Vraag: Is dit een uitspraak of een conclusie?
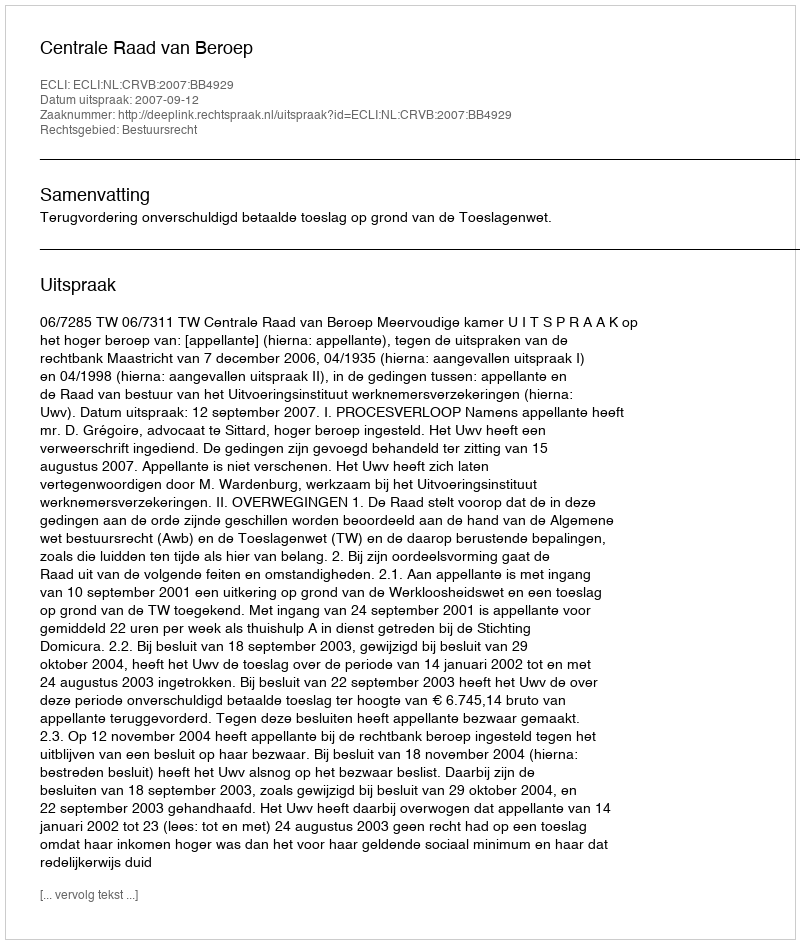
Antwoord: Uitspraak